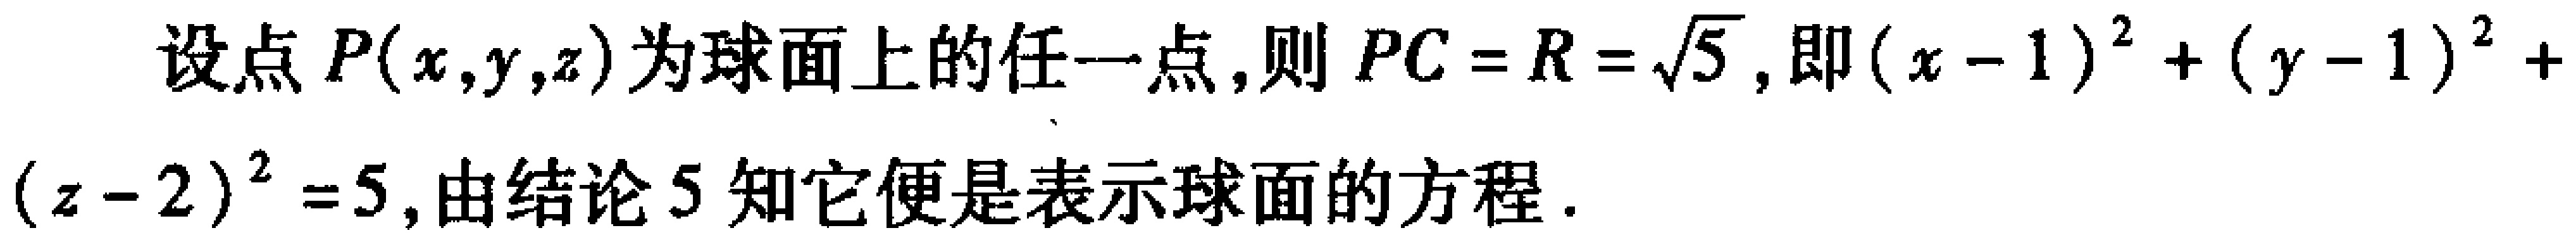
设点\(P(x,y,z)\)为球面上的任一点，则\(PC = R=\sqrt{5}\)，即\((x - 1)^2+(y - 1)^2+\)

\((z - 2)^2 = 5\)，由结论\(5\)知它便是表示球面的方程.